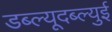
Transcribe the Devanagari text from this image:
डब्ल्यूदब्ल्युई